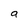
Character: a